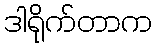
ဒါရိုက်တာက